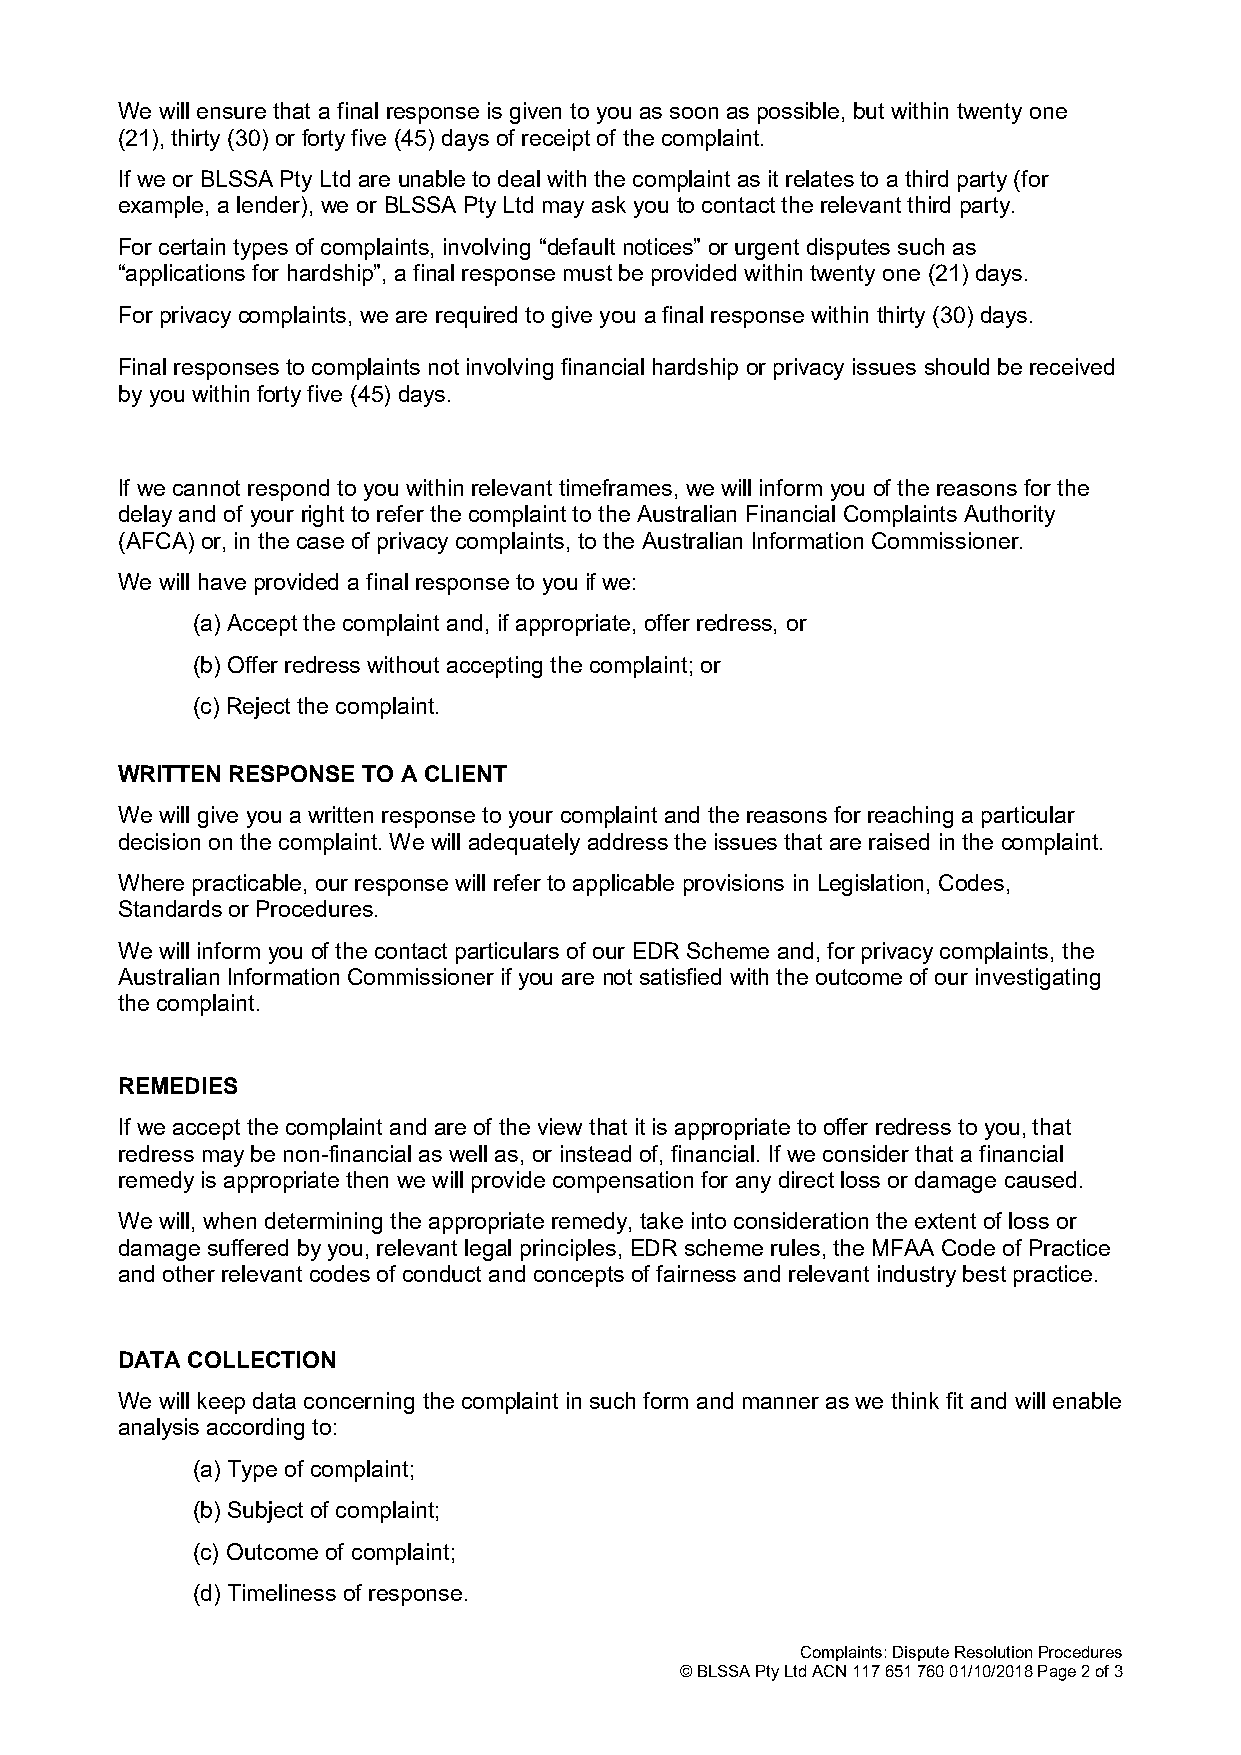
We will ensure that a final response is given to you as soon as possible, but within twenty one
 (21), thirty (30) or forty five (45) days of receipt of the complaint.
 If we or BLSSA Pty Ltd are unable to deal with the complaint as it relates to a third party (for
 example, a lender), we or BLSSA Pty Ltd may ask you to contact the relevant third party.
 For certain types of complaints, involving “default notices” or urgent disputes such as
 “applications for hardship”, a final response must be provided within twenty one (21) days.
 For privacy complaints, we are required to give you a final response within thirty (30) days.
 Final responses to complaints not involving financial hardship or privacy issues should be received
 by you within forty five (45) days.
 If we cannot respond to you within relevant timeframes, we will inform you of the reasons for the
 delay and of your right to refer the complaint to the Australian Financial Complaints Authority
 (AFCA) or, in the case of privacy complaints, to the Australian Information Commissioner.
 We will have provided a final response to you if we:
 (a) Accept the complaint and, if appropriate, offer redress, or
 (b) Offer redress without accepting the complaint; or
 (c) Reject the complaint.
 WRITTEN RESPONSE TO A CLIENT
 We will give you a written response to your complaint and the reasons for reaching a particular
 decision on the complaint. We will adequately address the issues that are raised in the complaint.
 Where practicable, our response will refer to applicable provisions in Legislation, Codes,
 Standards or Procedures.
 We will inform you of the contact particulars of our EDR Scheme and, for privacy complaints, the
 Australian Information Commissioner if you are not satisfied with the outcome of our investigating
 the complaint.
 REMEDIES
 If we accept the complaint and are of the view that it is appropriate to offer redress to you, that
 redress may be non-financial as well as, or instead of, financial. If we consider that a financial
 remedy is appropriate then we will provide compensation for any direct loss or damage caused.
 We will, when determining the appropriate remedy, take into consideration the extent of loss or
 damage suffered by you, relevant legal principles, EDR scheme rules, the MFAA Code of Practice
 and other relevant codes of conduct and concepts of fairness and relevant industry best practice.
 DATA COLLECTION
 We will keep data concerning the complaint in such form and manner as we think fit and will enable
 analysis according to:
 (a) Type of complaint;
 (b) Subject of complaint;
 (c) Outcome of complaint;
 (d) Timeliness of response.
 Complaints: Dispute Resolution Procedures
 © BLSSA Pty Ltd ACN 117 651 760 01/10/2018 Page 2 of 3